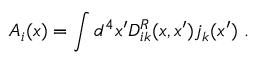
A _ { i } ( x ) = \int d ^ { 4 } x ^ { \prime } D _ { i k } ^ { R } ( x , x ^ { \prime } ) j _ { k } ( x ^ { \prime } ) ~ .